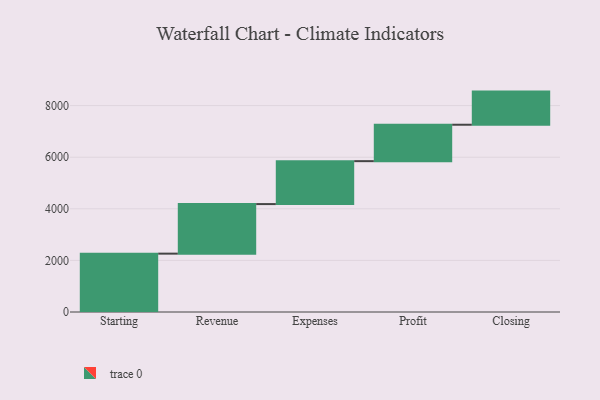
{"axis": {"x": "Step", "y": "Value"}, "legend": [""], "data": [{"x": "Starting", "y": 2262.0, "type": ""}, {"x": "Revenue", "y": 1921.0, "type": ""}, {"x": "Expenses", "y": 1664.0, "type": ""}, {"x": "Profit", "y": 1412.0, "type": ""}, {"x": "Closing", "y": 1284.0, "type": ""}]}